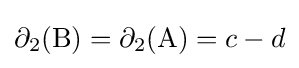
\partial _{2}(\mathrm {B} )=\partial _{2}(\mathrm {A} )=c-d